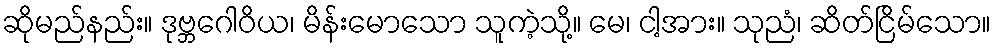
ဆိုမည်နည်း။ ဒုဗ္ဘဂေါဝိယ၊ မိန်းမောသော သူကဲ့သို့။ မေ၊ ငါ့အား။ သုညံ၊ ဆိတ်ငြိမ်သော။